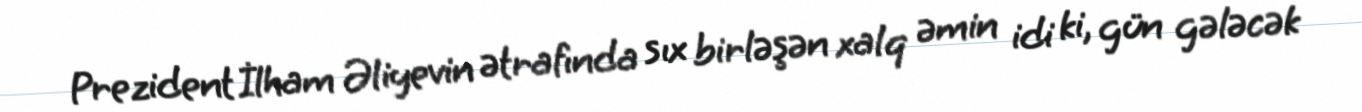
Prezident İlham Əliyevin ətrafında sıx birləşən xalq əmin idi ki, gün gələcək